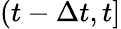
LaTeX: (t-\Delta t,t]